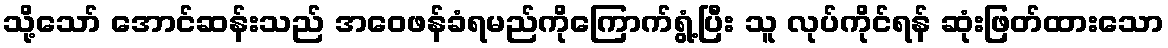
သို့သော် အောင်ဆန်းသည် အဝေဖန်ခံရမည်ကိုကြောက်ရွံ့ပြီး သူ လုပ်ကိုင်ရန် ဆုံးဖြတ်ထားသော